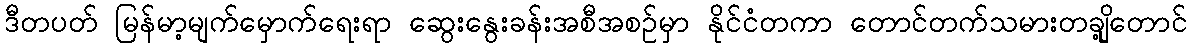
ဒီတပတ် မြန်မာ့မျက်မှောက်ရေးရာ ဆွေးနွေးခန်းအစီအစဉ်မှာ နိုင်ငံတကာ တောင်တက်သမားတချို့တောင်